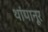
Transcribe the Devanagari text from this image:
थांपानूर